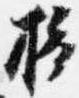
摂